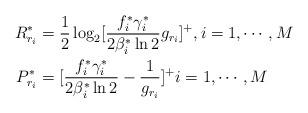
LaTeX: \begin{align*}R^*_{r_i} &= \frac{1}{2}\log_2[\frac{f_i^*\gamma_i^*}{2\beta_i^*\ln 2}g_{r_i}]^+, i=1, \cdots, M \\P^*_{r_i}&=[\frac{f_i^*\gamma_i^*}{2\beta_i^*\ln 2 }-\frac{1}{g_{r_i}}]^+ i = 1,\cdots, M \end{align*}